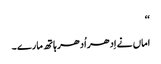
‘‘
اماں نے اِدھر اُدھر ہاتھ مارے ۔